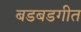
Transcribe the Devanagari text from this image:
बडबडगीत